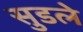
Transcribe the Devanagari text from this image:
सुडले